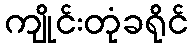
ကျိုင်းတုံခရိုင်